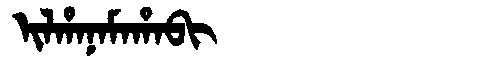
Manchu: ᡳᠯᡥᠠᠨᠠᠮᠠᡥᠠᠪᡳ
Romanization: ILHANAMAHABI